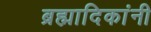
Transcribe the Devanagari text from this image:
ब्रह्मादिकांनी